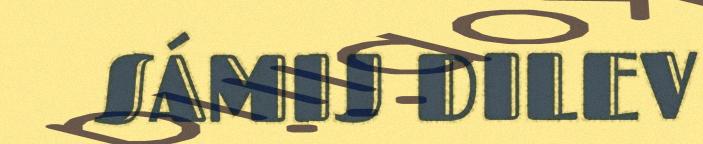
SÁMIJ DILEV